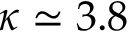
\kappa \simeq 3 . 8